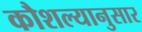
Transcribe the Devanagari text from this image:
कौशल्यानुसार